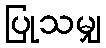
ပြုသမျှ